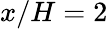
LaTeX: x/H=2